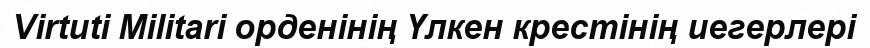
Virtuti Militari орденінің Үлкен крестінің иегерлері